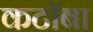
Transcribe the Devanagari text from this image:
कटॉबा